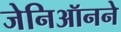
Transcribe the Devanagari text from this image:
जेनिऑनने